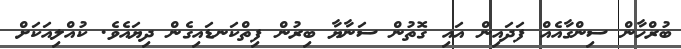
ބުރްހާން ސިންގާއެއް ފަދައިން އައި ގޮތުން ސަނާޔާ ބިރުން ފިތްކަނޑައިގެން ދިޔައެވެ. ކުއްލިއަކަށް